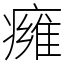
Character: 㿈